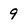
Character: 9